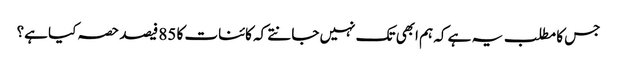
جس کا مطلب یہ ہے کہ ہم ابھی تک نہیں جانتے کہ کائنات کا 85 فیصد حصہ کیا ہے؟